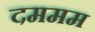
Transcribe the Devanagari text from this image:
दममम